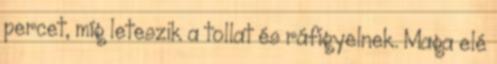
percet, míg leteszik a tollat és ráfigyelnek. Maga elé